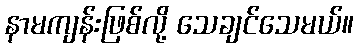
နာမကျန်းဖြစ်လို့ သေချင်သေမယ်။